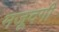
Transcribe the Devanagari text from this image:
मजूदगी